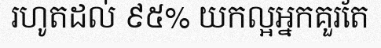
រហូតដល់ ៩៥% យកល្អអ្នកគួរតែ